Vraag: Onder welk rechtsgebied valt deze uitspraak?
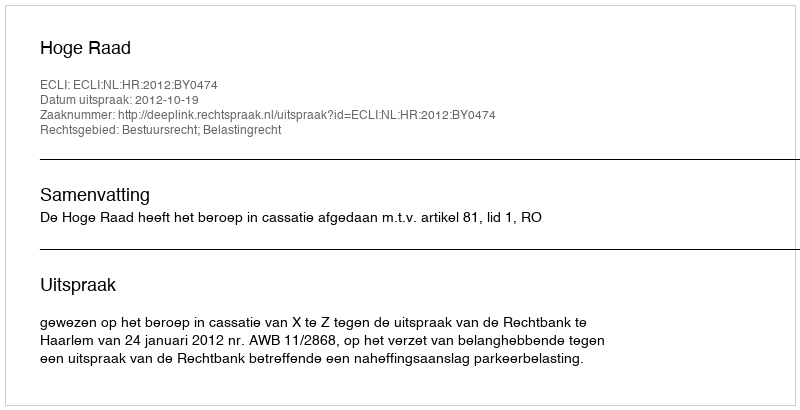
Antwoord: Bestuursrecht; Belastingrecht